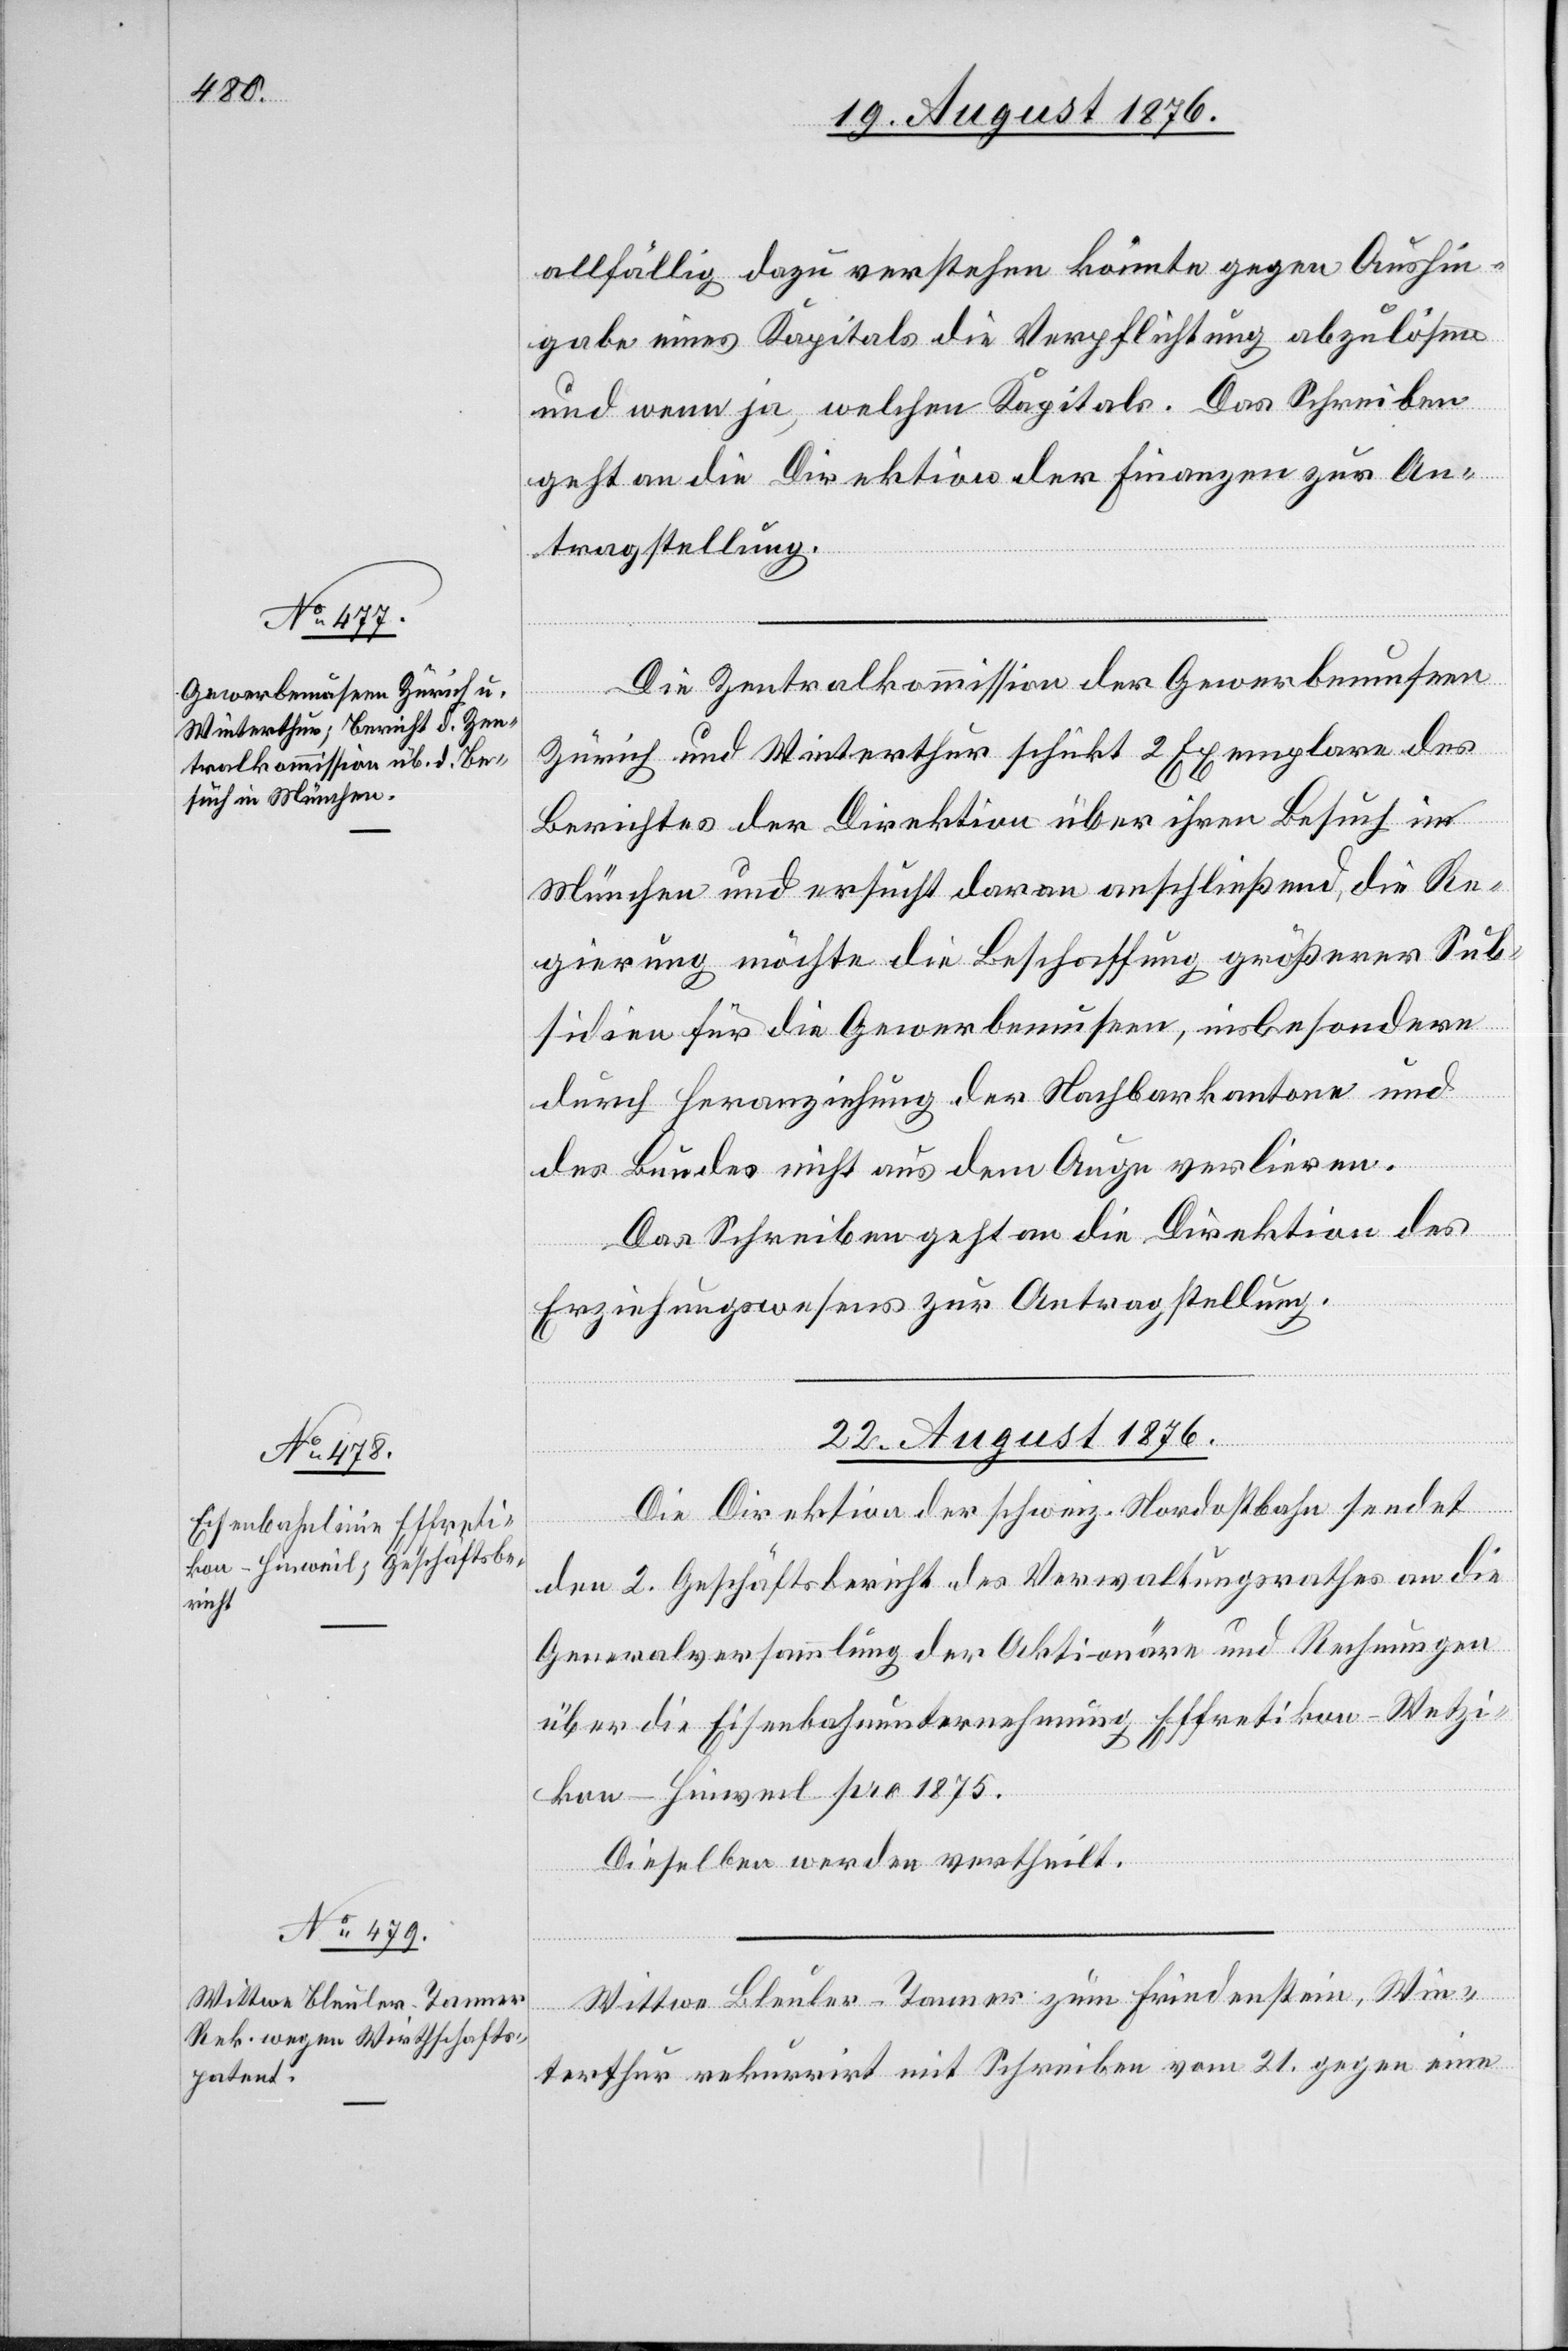
allfällig dazu verstehen könnte gegen Aushin¬
gabe eines Kapitals die Verpflichtung abzulösen
und wenn ja, welchen Kapitals. Das Schreiben
geht an die Direktion der Finanzen zur An¬
tragstellung.
Die Zentralkommission der Gewerbemuseen
Zürich und Winterthur schickt 2 Exemplare des
Berichtes der Direktion über ihren Besuch in
München und ersucht daran anschließend, die Re¬
gierung möchte die Beschaffung größerer Sub¬
sidien für die Gewerbemuseen, insbesondere
durch Heranziehung der Nachbarkantone und
des Bundes nicht aus dem Auge verlieren.
Das Schreiben geht an die Direktion des
Erziehungswesens zur Antragstellung.
22. August 1876.]
Die Direktion der schweiz. Nordostbahn sendet
den 2. Geschäftsbericht des Verwaltungsrathes an die
Generalversammlung der Aktionäre und Rechnungen
über die Eisenbahnunternehmung Effretikon–Wetzi¬
kon–Hinweil pro 1875.
Dieselben werden vertheilt.
Wittwe Bleuler-Tanner zum Friedenstein, Win¬
terthur rekurrirt mit Schreiben vom 21. gegen eine